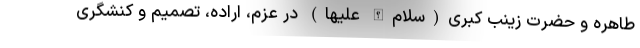
طاهره و حضرت زینب کبری(سلام‌الله علیها) در عزم، اراده، تصمیم و کنشگری